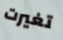
تغيرت